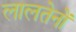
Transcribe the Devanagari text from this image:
लालतेनों